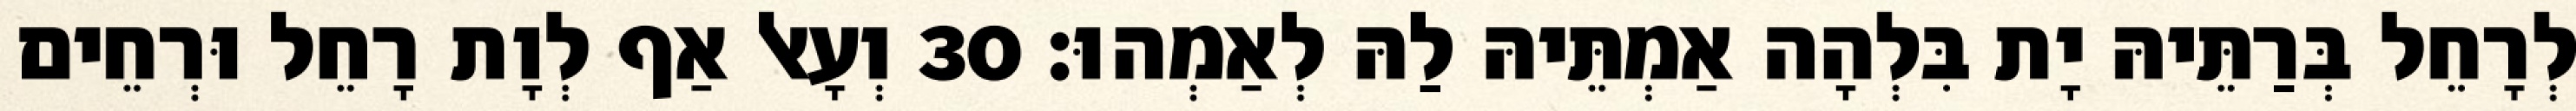
לְרָחֵל בְּרַתֵּיהּ יָת בִּלְהָה אַמְתֵּיהּ לַהּ לְאַמְהוּ׃ 30 וְעָאל אַף לְוָת רָחֵל וּרְחֵים